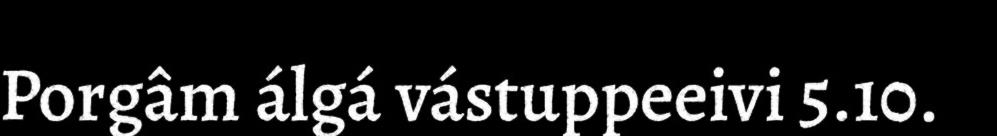
Porgâm álgá vástuppeeivi 5.10.